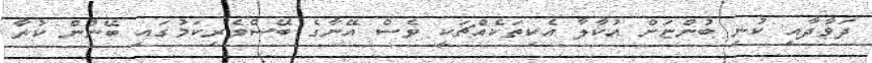
ދަވާދާއި ކުނި ބުންްޏަށް އުކާލާ އެކިތަކެއްޗަކީ ވެސް އޭނާގެ ބޭސްވެރިކަމުގައި ބޭނުން ކުރާ